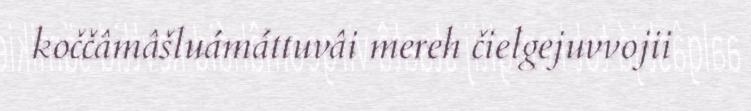
koččâmâšluámáttuvâi mereh čielgejuvvojii